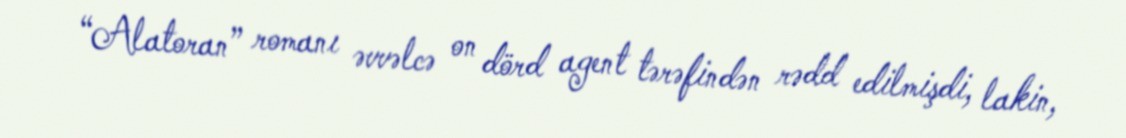
“Alatoran” romanı əvvəlcə on dörd agent tərəfindən rədd edilmişdi, lakin,